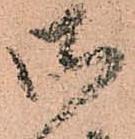
御